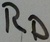
Text: RD